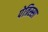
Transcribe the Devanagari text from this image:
पेत्रिस्सा